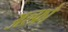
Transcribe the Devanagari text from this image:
अल्फ्रो